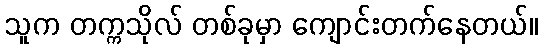
သူက တက္ကသိုလ် တစ်ခုမှာ ကျောင်းတက်နေတယ်။